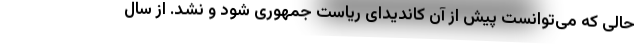
حالی که می‌توانست پیش از آن کاندیدای ریاست جمهوری شود و نشد. از سال